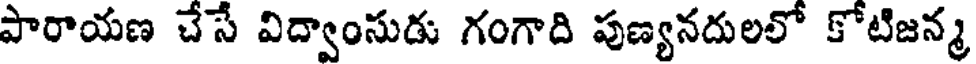
పారాయణ చేసే విద్వాంసుడు గంగాది పుణ్యనదులలో కోటిజన్మ